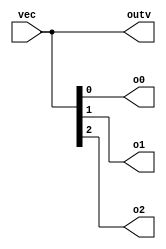
`timescale 1ns / 1ps

module vectordecloration(
    input wire [2:0] vec,
    output wire [2:0] outv,
    output wire o0,
    output wire o1,
    output wire o2
    );
    
    assign outv = vec;
    assign o0 = vec[0];
    assign o1 = vec[1];
    assign o2 = vec[2];
    
endmodule